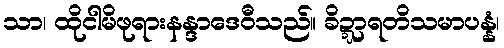
သာ၊ ထိုငါမိဖုရားနန္ဒာဒေဝီသည်။ ခိဍ္ဍာရတိသမာပန္နံ၊